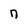
Character: n